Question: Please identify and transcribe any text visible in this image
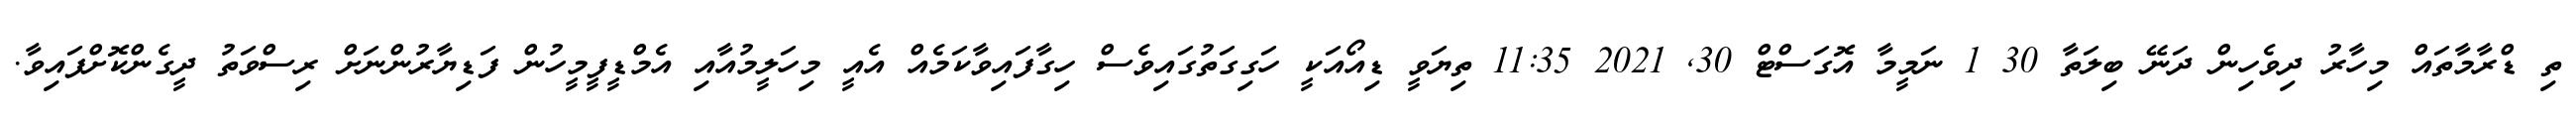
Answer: ތި ޑްރާމާތައް މިހާރު ދިވެހިން ދަނޭ ބިލަތާ 30 1 ނަމީމާ އޮގަސްޓް 30, 2021 11:35 ތިޔަވީ ޑިއޯއަކީ ހަގިގަތުގައިވެސް ހިގާފައިވާކަމެއް އެއީ މިހަލީމުއާއި އެމްޑީފީމީހުން ފަޑިޔާރުންނަށް ރިސްވަތު ދީގެންކޮށްފައިވާ.